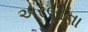
અરબીના